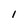
Character: 1